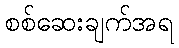
စစ်ဆေးချက်အရ